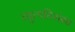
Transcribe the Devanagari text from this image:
व्युत्पत्तिसंबंध